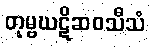
တုမ္ဗဃဋိဆဝသီသံ